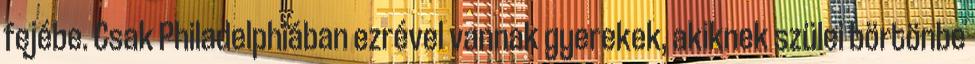
fejébe. Csak Philadelphiában ezrével vannak gyerekek, akiknek szülei börtönbe